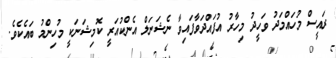
ރައީސް މުހައްމަދު ވަހީދު މިހާރު އުފައްދަވާފައިވާ ނެޝަނަލް އެންކުއަރީ ކޮމިޝަނަކީ މުހިންމު ބައެކެވެ.